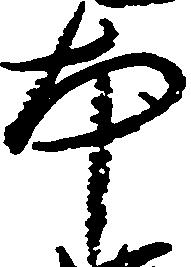
本